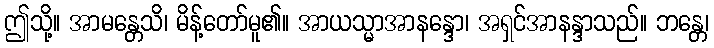
ဤသို့။ အာမန္တေသိ၊ မိန့်တော်မူ၏။ အာယသ္မာအာနန္ဒော၊ အရှင်အာနန္ဒာသည်။ ဘန္တေ၊